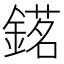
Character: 𨪓